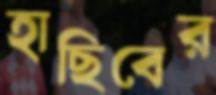
হাছিবের